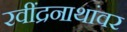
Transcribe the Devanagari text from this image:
रवींद्रनाथांवर